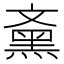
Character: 𪐰